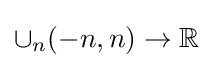
\cup _{n}(-n,n)\to \mathbb {R}